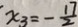
x _ { 3 } = - \frac { 1 7 } { 2 }